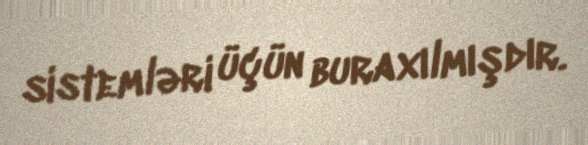
sistemləri üçün buraxılmışdır.